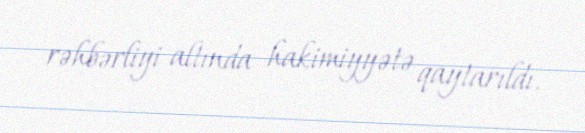
rəhbərliyi altında hakimiyyətə qaytarıldı.